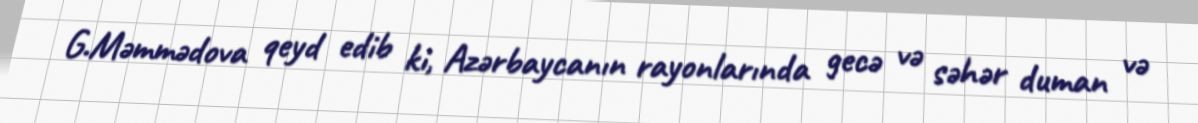
G.Məmmədova qeyd edib ki, Azərbaycanın rayonlarında gecə və səhər duman və